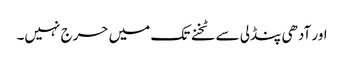
اور آدھی پنڈلی سے ٹخنے تک میں حرج نہیں۔